Scottish Leaving Certificate Examination, 1955
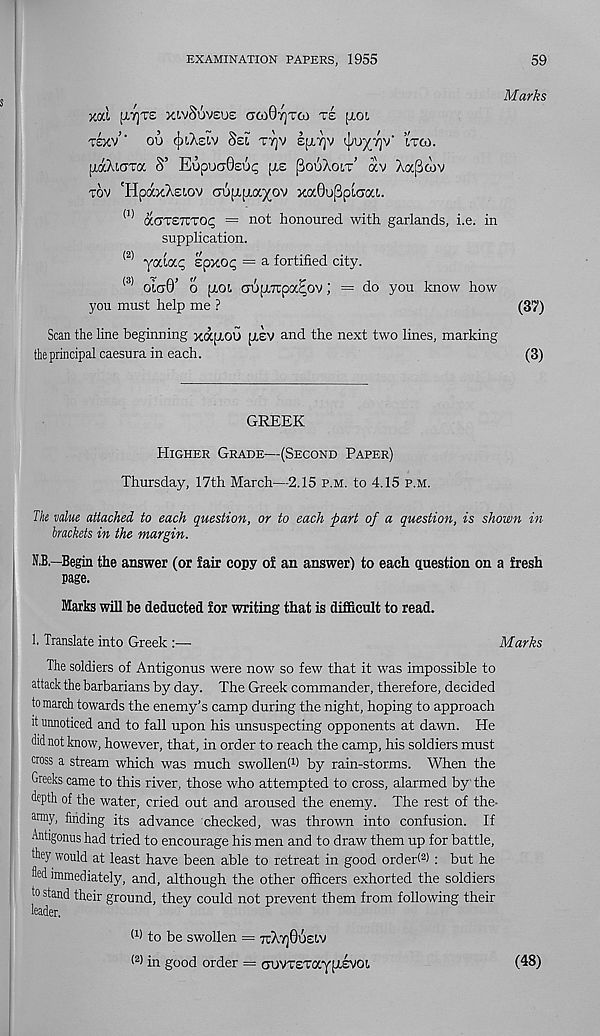
EXAMINATION PAPERS, 1955
59
Marks
ysjl fXTJTE XlvSuVEUE OOlOrjTO) T£ [101
izyy’’ oo ifjlAsiv Sel ttjv e[A7]v V u X^J v '
[idcXiaTa S’ EupuctOeuc; [xe ^ooXolt’ av Xa^aiv
tov 'HpaxXsiov au[X[xaxov KaOuppiaai.
<1) acTTETTTOi; = not honoured with garlands, i.e. in
supplication.
(2) yaiap Epxog = a fortified city.
(3) o’kt0’ o pt-Oi oupiTupa^ov; = do you know how
you must help me ?
(37)
Scan the line beginning xafXOU [XEV and the next two lines, marking
the principal caesura in each.
(3)
GREEK
Higher Grade—(Second Paper)
Thursday, 17th March—2.15 p.m. to 4.15 p.m.
The value attached to each question, or to each part of a question, is shown in
brackets in the margin.
N.B.—Begin the answer (or fair copy of an answer) to each question on a fresh
page.
Marks will be deducted for writing that is difficult to read.
!• Translate into Greek :—
Marks
The soldiers of Antigonus were now so few that it was impossible to
attack the barbarians by day. The Greek commander, therefore, decided
to march towards the enemy’s camp during the night, hoping to approach
it unnoticed and to fall upon his unsuspecting opponents at dawn. He
did not know, however, that, in order to reach the camp, his soldiers must
cross a stream which was much swollent 1 * by rain-storms. When the
Greeks came to this river , those who attempted to cross, alarmed by the
depth of the water, cried out and aroused the enemy. The rest of the-
a nny, finding its advance checked, was thrown into confusion. If
Antigonus had tried to encourage his men and to draw them up for battle,
they would at least have been able to retreat in good order< 2 ) : but he
fled immediately, and, although the other officers exhorted the soldiers
to stand their ground, they could not prevent them from following their
leader.
(1) to be swollen = 7rX7)06E!.v
( 2 > in good order = CTUVT£Tay[XEVOi
(48)